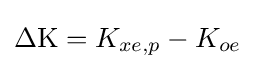
{\textstyle \Delta \mathrm {K} =K_{xe,p}-K_{oe}}